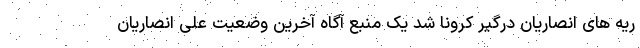
ریه های انصاریان درگیر کرونا شد یک منبع آگاه آخرین وضعیت علی انصاریان